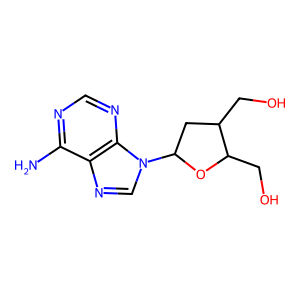
SMILES: Nc1ncnc2c1ncn2C1CC(CO)C(CO)O1
Inhibits HIV replication: No